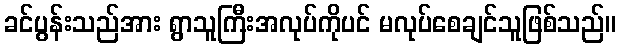
ခင်ပွန်းသည်အား ရွာသူကြီးအလုပ်ကိုပင် မလုပ်စေချင်သူဖြစ်သည်။